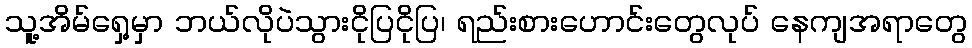
သူ့အိမ်ရှေ့မှာ ဘယ်လိုပဲသွားငိုပြငိုပြ၊ ရည်းစားဟောင်းတွေလုပ် နေကျအရာတွေ